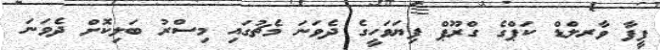
ފީފާ ވާރލްޑް ކަޕްގެ ގްރޫޕް ފިޔަވަހީގެ ދެވަނަ މެޗުގައި މިސްރު ބަލިކޮށް ދެވަނަ